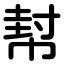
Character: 幇